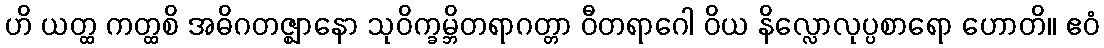
ဟိ ယတ္ထ ကတ္ထစိ အဓိဂတဇ္ဈာနော သုဝိက္ခမ္ဘိတရာဂတ္တာ ဝီတရာဂေါ ဝိယ နိလ္လောလုပ္ပစာရော ဟောတိ။ ဧဝံ